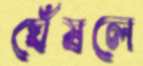
ঘেঁষলে